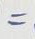
=